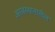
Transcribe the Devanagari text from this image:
अरबस्थानातील